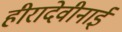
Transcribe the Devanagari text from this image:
हीरादेवीनाई